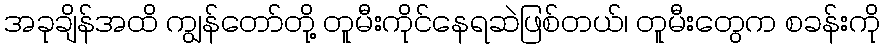
အခုချိန်အထိ ကျွန်တော်တို့ တူမီးကိုင်နေရဆဲဖြစ်တယ်၊ တူမီးတွေက စခန်းကို